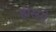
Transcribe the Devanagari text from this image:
हीस्सो